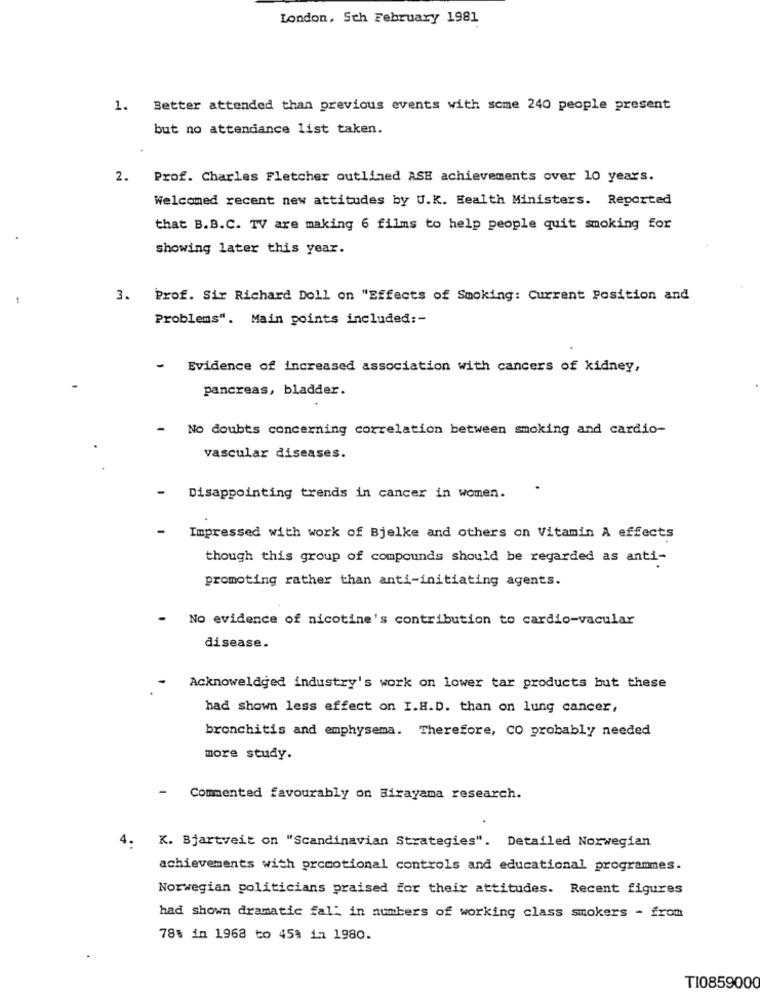
London, Sch February 1981
1. Better attended than previous events with some 240 people present
but no attendance list taken.
2. Prof. Charles Fletcher outlined ASE achievements over 10 years.
Welcomed recent new attitudes by U.K. Health Ministers. Reported
that B.B.C. TV are making 6 films to help people quit smoking for
showing later this year.
3. Prof. Sir Richard Doll on "Effects of Smoking: Current Position and
Problems". Main points included :-
-
Evidence of increased association with cancers of kidney,
pancreas, bladder.
. No doubts concerning correlation between smoking and cardio-
vascular diseases.
Disappointing trends in cancer in women.
Impressed with work of Bjelke and others on Vitamin A effects
though this group of compounds should be regarded as anti-
promoting rather than anti-initiating agents.
- No evidence of nicotine's contribution to cardio-vacular
disease.
Acknoweldged industry's work on lower tar products but these
had shown less effect on I.H.D. than on lung cancer,
bronchitis and emphysema. Therefore, CO probably needed
more study.
-
Commented favourably on airayama research.
4.
K. Bjartveit on "Scandinavian Strategies". Detailed Norwegian
achievements with promotional controls and educational programmes.
Norwegian politicians praised for their attitudes. Recent figures
had shown dramatic fal: in numbers of working class smokers - from
78% in 1968 to 45% in 1980.
TI0859000